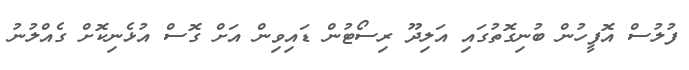
ފުލުސް އޮފީހުން ބުނިގޮތުގައި އަލިދޫ ރިސޯޓުން ޑައިވިން އަށް ގޮސް އުޅެނިކޮށް ގެއްލުނު